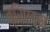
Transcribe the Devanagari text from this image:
ब्रिएड्स